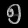
Digit: ၅